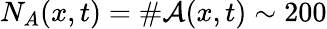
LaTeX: N_{A}(x,t)=\# \mathcal{A}(x,t)\sim 200